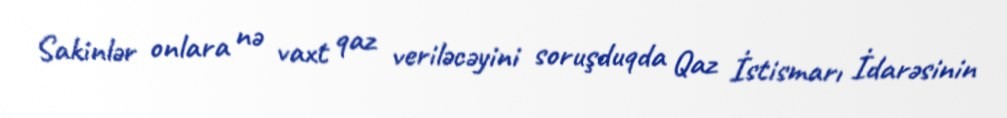
Sakinlər onlara nə vaxt qaz veriləcəyini soruşduqda Qaz İstismarı İdarəsinin